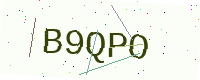
Text: B9QPO